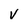
Character: v